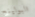
البولينج